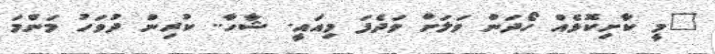
"މީ ކާށިކޮޅެއް ހޯދަން ވަލަށް ވަދެފަ މިއައީ. ޝާހާ.. ކުރިން ދުވަހު މަންމަ